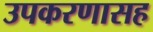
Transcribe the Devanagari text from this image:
उपकरणासह